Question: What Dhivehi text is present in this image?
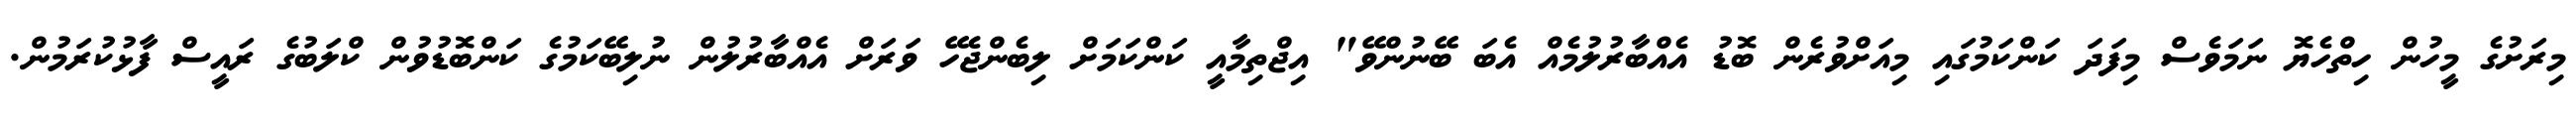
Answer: މިރަށުގެ މީހުން ހިތްހެޔޮ ނަމަވެސް މިފަދަ ކަންކަމުގައި މިއަށްވުރެން ބޮޑު އެއްބާރުލުމެއް އެބަ ބޭނުންވޭ" އިޖްތިމާއީ ކަންކަމަށް ލިބެންޖެހޭ ވަރަށް އެއްބާރުލުން ނުލިބޭކަމުގެ ކަންބޮޑުވުން ކްލަބުގެ ރައީސް ފާޅުކުރަމުން.